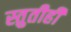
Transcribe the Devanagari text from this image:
स्तुतीही